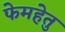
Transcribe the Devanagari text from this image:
फेमहेतु